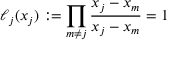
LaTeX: \ell _ { j } ( x _ { j } ) : = \prod _ { m \neq j } { \frac { x _ { j } - x _ { m } } { x _ { j } - x _ { m } } } = 1